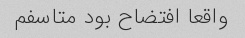
واقعا افتضاح بود متاسفم